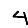
Digit: 4